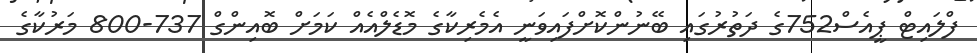
ފްލައިޓް ޕީއެސް752ގެ ދަތުރުގައި ބޭނުންކޮށްފައިވަނީ އެމެރިކާގެ މޮޑެލްއެއް ކަމަށް ބޮއިންގް 737-800 މަރުކާގެ